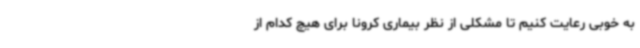
به خوبی رعایت کنیم تا مشکلی از نظر بیماری کرونا برای هیچ کدام از